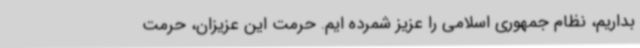
بداریم، نظام جمهوری اسلامی را عزیز شمرده ایم. حرمت این عزیزان، حرمت